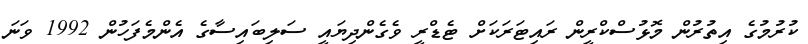
ކުރުމުގެ އިތުރުން މޮޅުސްކްރީން ރައިޓަރަކަށް ޓެޑްރީ ވެގެންދިޔައީ ސަލިބައިސާގެ އެންމެފަހުން 1992 ވަނަ